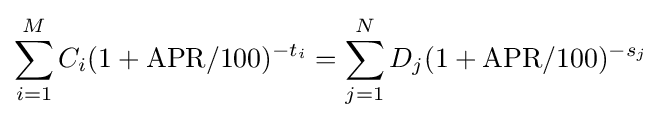
\sum _{i=1}^{M}C_{i}(1+\mathrm {APR} /100)^{-t_{i}}=\sum _{j=1}^{N}D_{j}(1+\mathrm {APR} /100)^{-s_{j}}